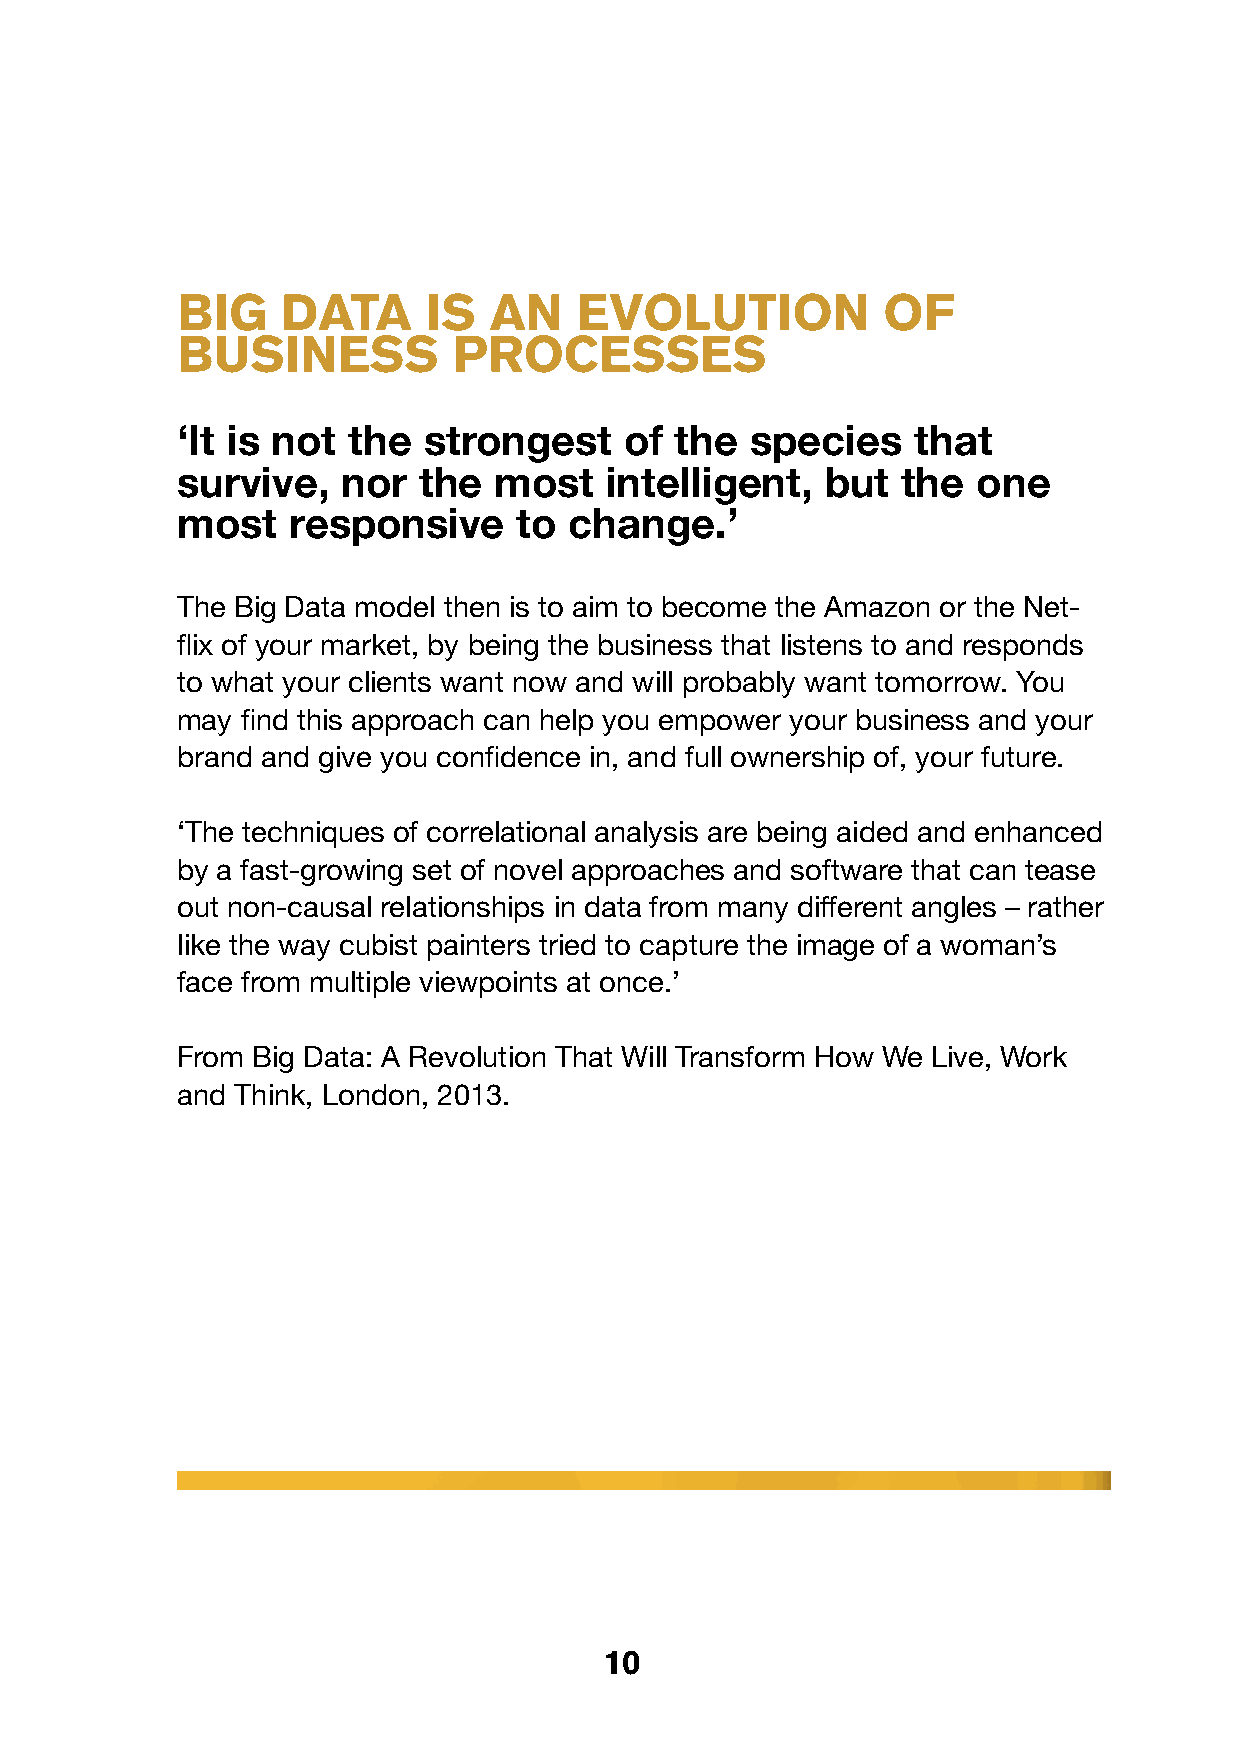
BIG    data     Is  an    evolutIon           of
 BusIness          processes
 ‘It is not the  strongest    of  the  species    that
 survive,   nor  the  most   intelligent,   but  the  one
 most   responsive     to  change.’
 The Big Data model then is to aim to become the Amazon or the Net-
 flix of your market, by being the business that listens to and responds
 to what your clients want now and will probably want tomorrow. You
 may find this approach can help you empower your business and your
 brand and give you confidence in, and full ownership of, your future.
 ‘The techniques of correlational analysis are being aided and enhanced
 by a fast-growing set of novel approaches and software that can tease
 out non-causal relationships in data from many different angles – rather
 like the way cubist painters tried to capture the image of a woman’s
 face from multiple viewpoints at once.’
 From Big Data: A Revolution That Will Transform How We Live, Work
 and Think, London, 2013.
 10